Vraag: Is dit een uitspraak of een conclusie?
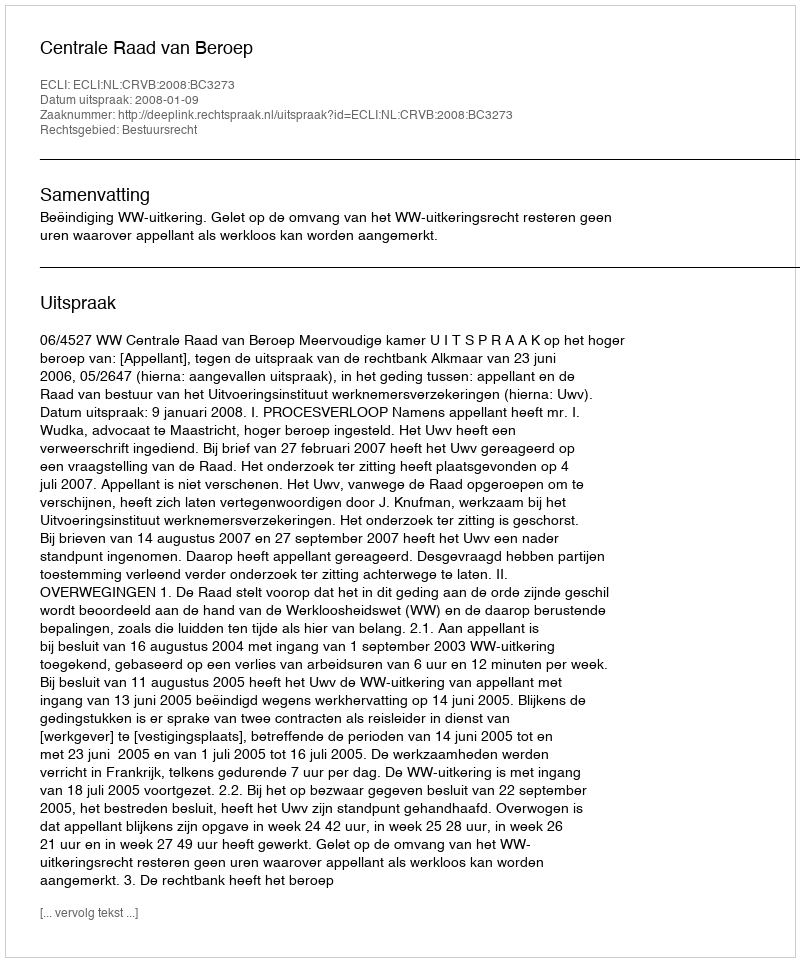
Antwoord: Uitspraak